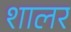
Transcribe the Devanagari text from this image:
शालर